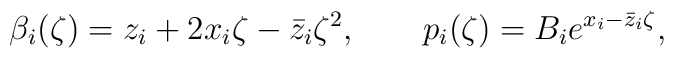
\beta_i(\zeta)=z_i+2x_i\zeta-\bar{z}_i\zeta^2,\qquad p_i(\zeta)=B_ie^{x_i-\bar{z}_i\zeta},